Vaccine operations Central Provinces 1900-1911 - 1900-1911
Year: 1900
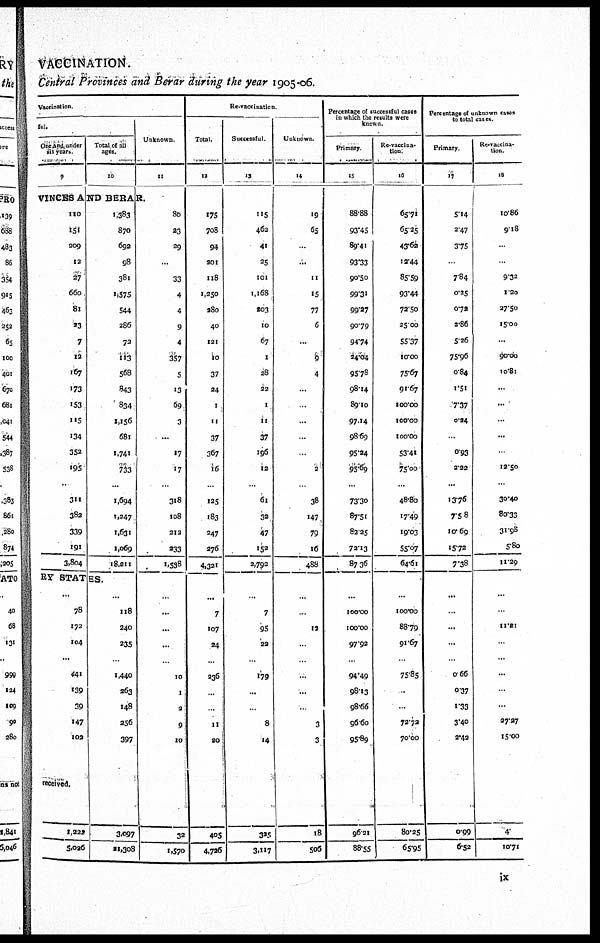
VACCINATION.
Central Provinces and Berar during the year 1905-06.
Vaccination.
ful.
One and under
six years.
9
Total of all
ages.
10
Unknown.
11
VINCES AND BERAR.
110
151
209
12
27
660
81
23
7
12
167
173
153
115
134
352
195
...
311
382
339
191
3,804
1,383
870
692
98
381
1,575
544
286
72
113
568
843
834
1,156
681
1,741
733
...
1,694
1,247
1,631
1,069
18,211
BY STATES.
...
78
172
104
...
441
139
39
147
102
received.
1,222
5,026
...
118
240
235
...
1,440
263
148
256
397
3,097
21,308
80
23
29
...
33
4
4
9
4
357
5
13
69
3
...
17
17
...
318
108
212
233
1,508
...
...
...
...
...
10
1
2
9
10
32
1,570
Re-vaccination.
Total.
12
175
708
94
201
118
1,250
280
40
121
10
37
24
1
11
37
367
16
...
125
183
247
276
4,321
...
7
107
24
...
236
...
...
11
20
405
4,726
Successful.
13
115
462
41
25
101
1,168
203
10
67
1
28
22
1
11
37
196
12
...
61
32
47
152
2,792
...
7
95
22
...
179
...
...
8
14
325
3,117
Unknown.
14
19
65
...
...
11
15
77
6
...
9
4
...
...
...
...
...
2
...
38
147
79
16
488
...
...
12
...
...
...
...
...
3
3
18
506
Percentage of successful cases
in which the results were
known.
Primary
15
88.88
93.45
89.41
93.33
90.50
99.31
99.27
90.79
94.74
24.04
95.78
98.14
89.10
97.14
98.69
95.24
95.69
...
73.30
87.51
82.25
72.13
87.36
...
100.00
100.00
97.92
...
94.49
98.13
98.66
96.60
95.89
96.21
88.55
Re-vaccina-
tion.
16
65.71
65.25
43.62
12.44
85.59
93.44
72.50
25.00
55.37
10.00
75.67
91.67
100.00
100.00
100.00
53.41
75.00
...
48.80
17.49
19.03
55.07
64.61
...
100.00
88.79
91.67
...
75.85
...
...
72.72
70.00
80.25
65.95
Percentage of unknown cases
to total cases.
Primary.
17
5.14
2.47
3.72
...
7.84
0.25
0.72
2.86
5.26
75.96
0.84
1.51
7.37
0.24
...
0.93
2.22
...
13.76
7.58
10.69
15.72
7.38
...
...
...
...
...
0.66
0.37
1.33
3.40
3.42
0.99
6.52
Re-vaccina-
tion.
18
10.86
9.18
...
...
9.32
1.20
27.50
15.00
...
90.00
10.81
...
...
...
...
...
12.50
...
30.40
80.33
31.98
5.80
11.29
...
...
11.21
...
...
...
...
...
27.27
15.00
4.
10.71
ix